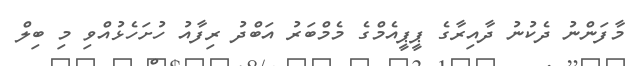
މާފަންނު ދެކުނު ދާއިރާގެ ޕީޕީއެމްގެ މެމްބަރު އަބްދު ރިފާއު ހުށަހެޅުއްވި މި ބިލް